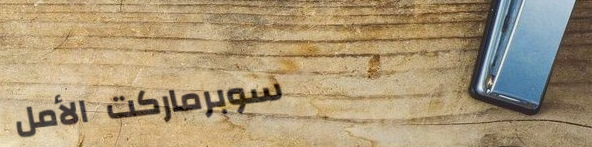
سوبرماركت الأمل